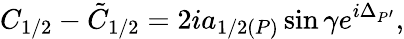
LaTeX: C_{1/2}-\tilde{C}_{1/2}=2ia_{1/2(P)}\sin\gamma e^{i\Delta_{P^{\prime}}},